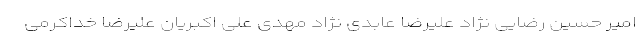
امیر حسین رضایی نژاد علیرضا عابدی نژاد مهدی علی اکبریان علیرضا خداکرمی